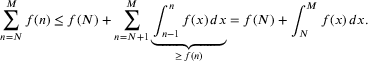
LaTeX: \sum _ { n = N } ^ { M } f ( n ) \leq f ( N ) + \sum _ { n = N + 1 } ^ { M } \underbrace { \int _ { n - 1 } ^ { n } f ( x ) \, d x } _ { \geq \, f ( n ) } = f ( N ) + \int _ { N } ^ { M } f ( x ) \, d x .